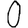
Digit: 0